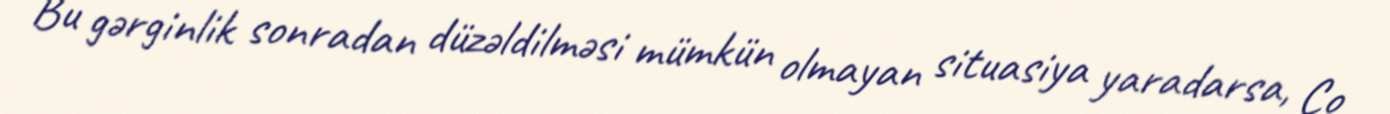
Bu gərginlik sonradan düzəldilməsi mümkün olmayan situasiya yaradarsa, Co